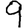
Digit: 9